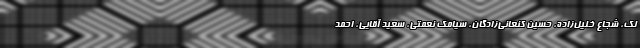
لک، شجاع خلیل‌زاده، حسین کنعانی‌زادگان، سیامک نعمتی، سعید آقایی، احمد